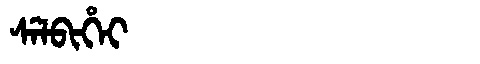
Manchu: ᠰᡝᠯᠪᡳᡥᡝᡳ
Romanization: SELBIHEI